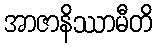
အာဇာနိဿာမီတိ